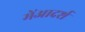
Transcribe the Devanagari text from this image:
मेंआदर्श